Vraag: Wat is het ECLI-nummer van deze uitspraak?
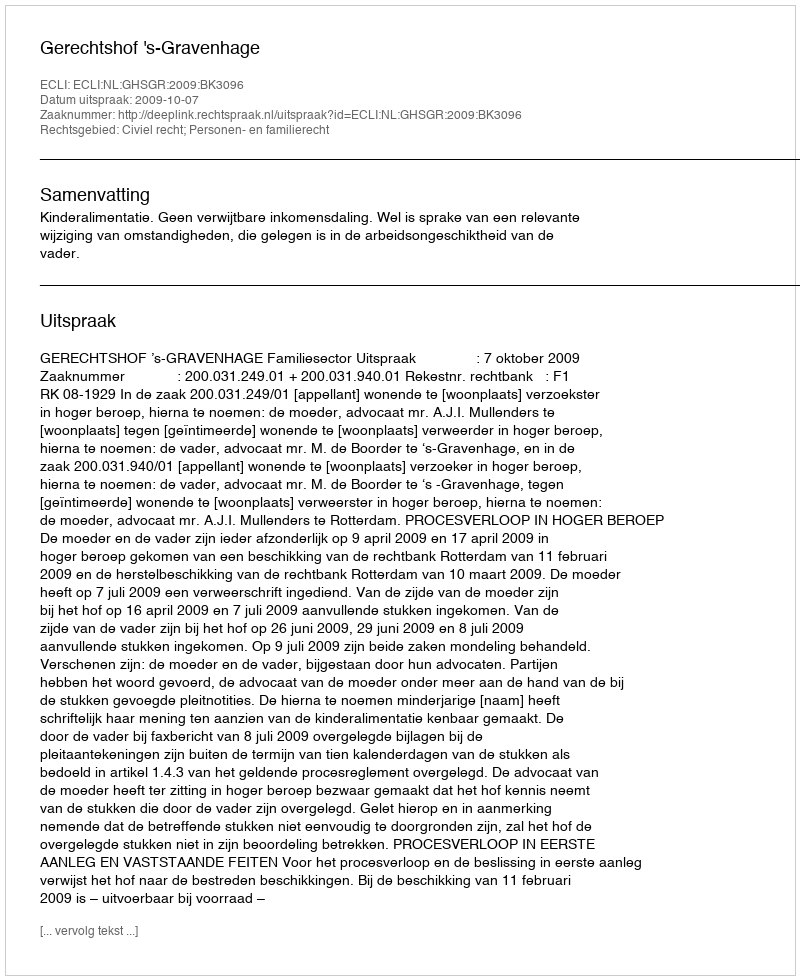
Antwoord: ECLI:NL:GHSGR:2009:BK3096